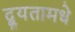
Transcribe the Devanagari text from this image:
द्यूतामधे